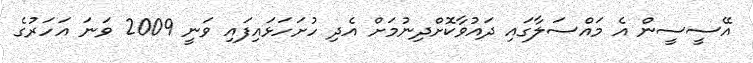
އޭސީސީން އެ މައްސަލާގައި ދައުވާކޮށްދިނުމަށް އެދި ހުށަހަޅައިފައި ވަނީ 2009 ވަނަ އަހަރުގެ